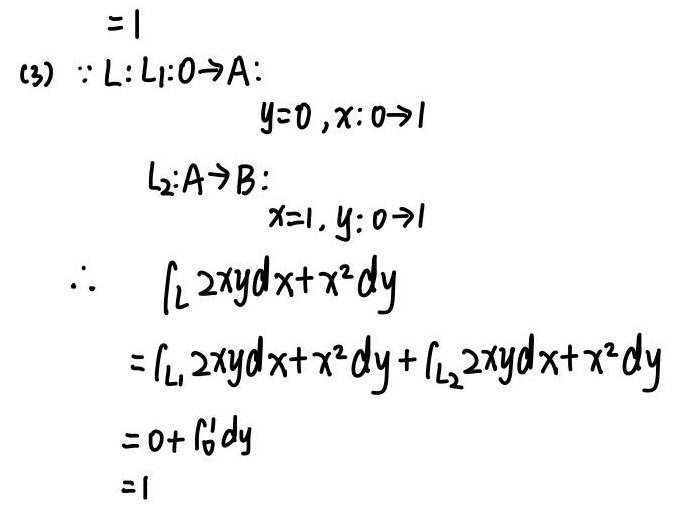
\[
\begin{align*}
&= 1\\
(3)\quad&\because L:L_1:0\rightarrow A:y = 0,x:0\rightarrow1\\
&L_2:A\rightarrow B:x = 1,y:0\rightarrow1\\
&\therefore\int_{L}2xydx + x^{2}dy\\
&=\int_{L_1}2xydx + x^{2}dy+\int_{L_2}2xydx + x^{2}dy\\
&=0+\int_{0}^{1}dy\\
&= 1
\end{align*}
\]